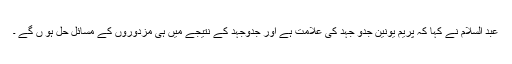
عبد السلام نے کہا کہ پریم یونین جدو جہد کی علامت ہے اور جدوجہد کے نتیجے میں ہی مزدوروں کے مسائل حل ہو ں گے ۔